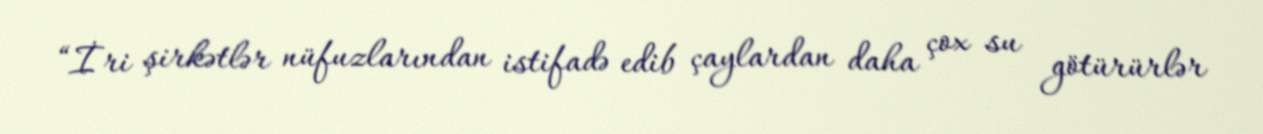
“İri şirkətlər nüfuzlarından istifadə edib çaylardan daha çox su götürürlər